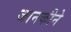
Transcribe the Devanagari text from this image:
जानकीने